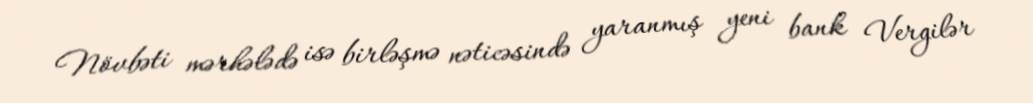
Növbəti mərhələdə isə birləşmə nəticəsində yaranmış yeni bank Vergilər